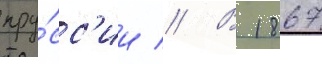
пру́сс'ии // В 1867